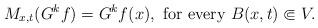
LaTeX: \begin{align*}M_{x,t}(G^kf)=G^kf(x),\mbox{ for every }B(x,t)\Subset V.\end{align*}